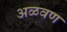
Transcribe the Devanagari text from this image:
अळवण